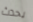
يحدث